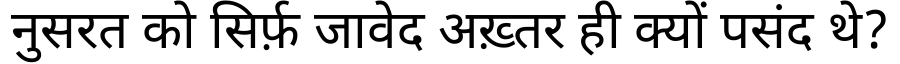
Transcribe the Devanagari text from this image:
नुसरत को सिर्फ़ जावेद अख़्तर ही क्यों पसंद थे?